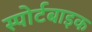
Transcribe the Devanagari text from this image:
स्पोर्टबाइक